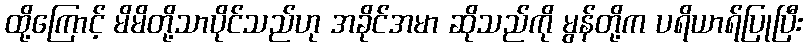
ထို့ကြောင့် မိမိတို့သာပိုင်သည်ဟု အခိုင်အမာ ဆိုသည်ကို မွန်တို့က ပရိယာရ်ပြုပြီး